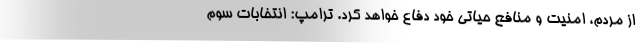
از مردم، امنیت و منافع حیاتی خود دفاع خواهد کرد. ترامپ: انتخابات سوم